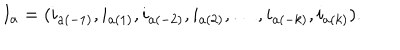
I _ { a } = ( i _ { a ( - 1 ) } , i _ { a ( 1 ) } , i _ { a ( - 2 ) } , i _ { a ( 2 ) } , \ldots , i _ { a ( - k ) } , i _ { a ( k ) } ) .